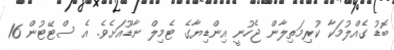
ބޮޑު ގެއްލުމަކާ ކުރިމަތިލާން ޖެހުނީ އިންޑިޔާގެ ޓެމިލް ނާޑޫއަށެވެ. އެ ސްޓޭޓުން 16